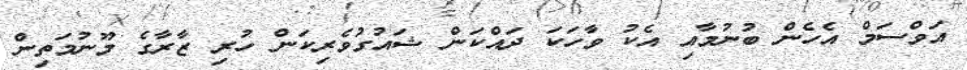
އަވްސަމް އެހެން ބުނުމާއި އެކު ވާހަކަ ދައްކަން ޝައުގުވެރިކަން ހުރި ޒާރާގެ މޫނުމަތިން